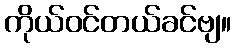
ကိုယ်ဝင်တယ်ခင်ဗျ။